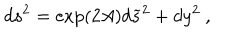
d s ^ { 2 } = \exp ( 2 A ) d { \widetilde s } ^ { 2 } + d y ^ { 2 } ~ ,